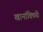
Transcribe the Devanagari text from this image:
खानांविषयी